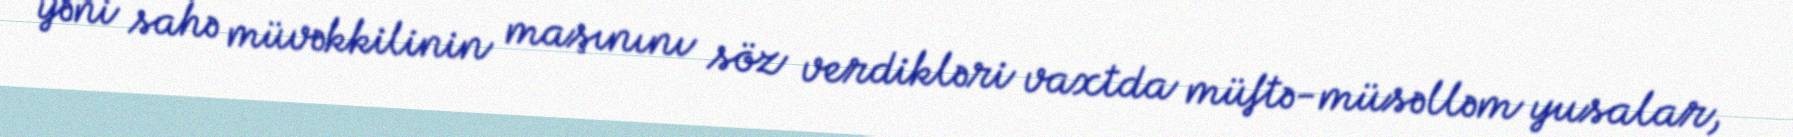
yəni sahə müvəkkilinin maşınını söz verdikləri vaxtda müftə-müsəlləm yusalar,